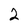
Character: 2